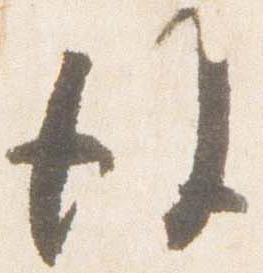
後